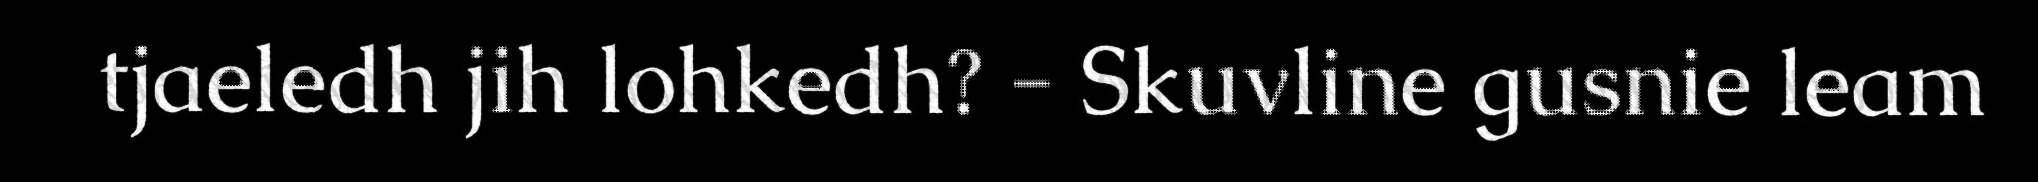
tjaeledh jih lohkedh? - Skuvline gusnie leam